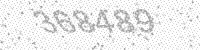
Solution: 368489